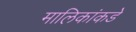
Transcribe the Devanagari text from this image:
मालिकांकडे